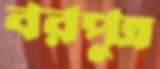
বরপুত্র